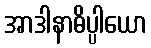
အာဒါနာဓိပ္ပါယော